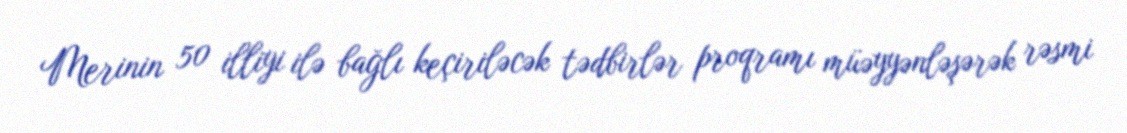
Merinin 50 illiyi ilə bağlı keçiriləcək tədbirlər proqramı müəyyənləşərək rəsmi